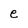
Character: e